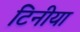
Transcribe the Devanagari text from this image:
टिनीया